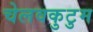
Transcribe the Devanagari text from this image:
चेलवकुटुम